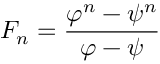
F _ { n } = { \frac { \varphi ^ { n } - \psi ^ { n } } { \varphi - \psi } }